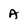
Character: A